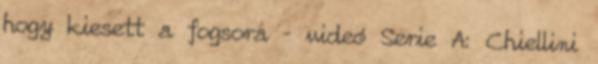
hogy kiesett a fogsora – videó Serie A: Chiellini